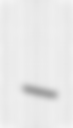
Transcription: –